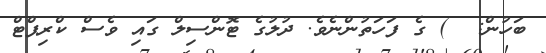
ބަހުން:  ) ގެ ފަހަތުންނެވެ. ދުލުގެ ޓޮންސިލް ގައި ވެސް ކްރިޕްޓް